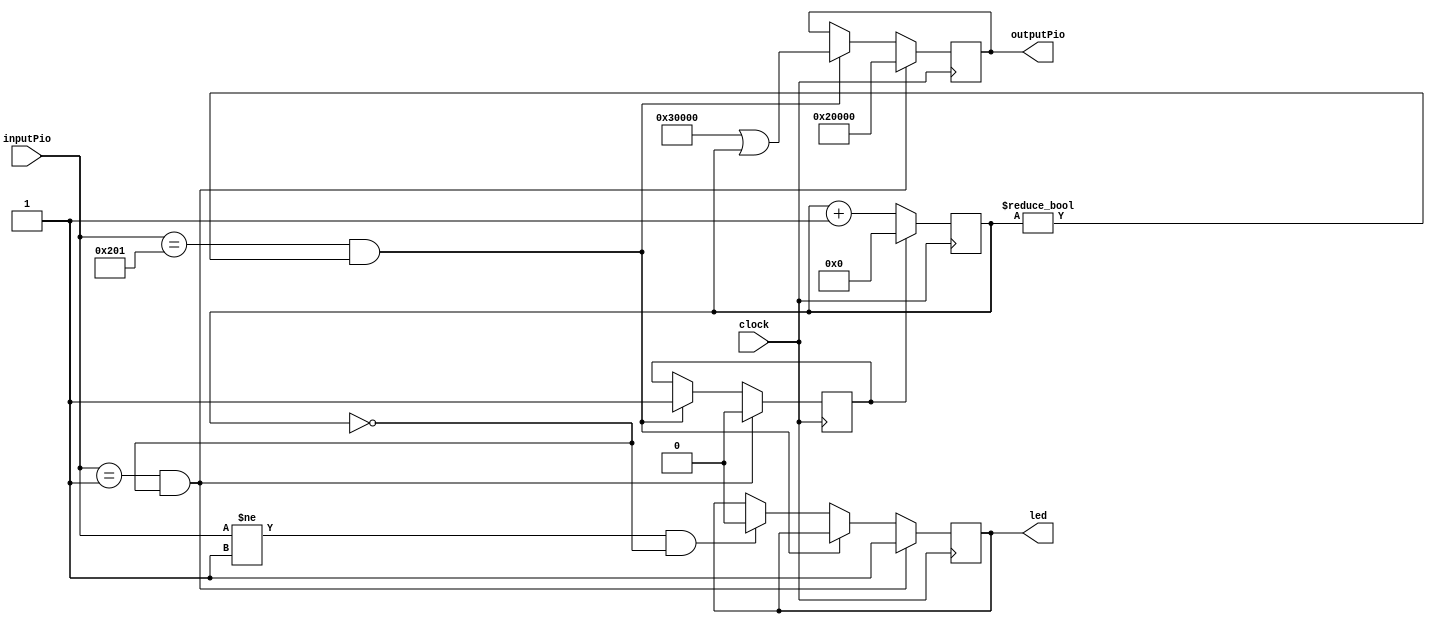
module reciveAndSendMessage(clock,inputPio, outputPio,led);
   input  wire clock;
   input  wire [31:0] inputPio;
   output reg  [31:0] outputPio;
   output reg led;

   reg [31:0] stage=32'h00000000;
   reg resetStage=1'b1;
   always @(posedge clock) begin 
      if(inputPio==32'h00000001 && stage==32'h00000000) begin
         led=1'b1;
         resetStage=1'b0;
         outputPio=32'h00020000;  
      end
       else if(inputPio==32'h00000201 && stage !=32'h00000000) begin
         outputPio=32'h00030000|stage;
         resetStage=1'b1;
       end       
       else if (inputPio!=32'h00000001 && stage==32'h00000000) begin
          led=1'b0;       
       end
       
   end
   always @(negedge clock) begin
      if(resetStage==1'b0) begin
         stage=stage+32'h00000001;
      end
      else begin
         stage=32'h00000000;
      end   
   end
endmodule